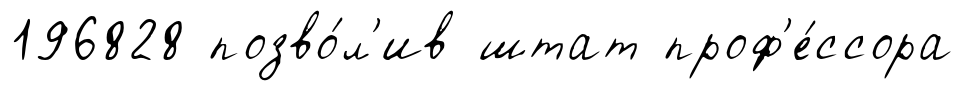
196828 позво́л'ив штат проф'е́ссора